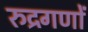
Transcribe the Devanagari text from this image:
रुद्रगणों